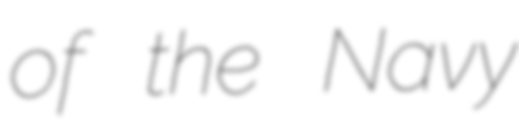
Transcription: of the Navy